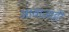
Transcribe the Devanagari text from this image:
आवाज़ाही